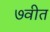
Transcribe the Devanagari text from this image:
७वीत